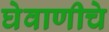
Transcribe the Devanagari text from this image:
घेवाणीचे